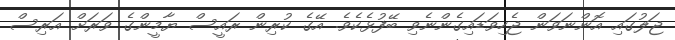
ޖަލުގައި އޮންނަވަން ޖެހިވަޑައިގެންނެވި ބޭފުޅެކެވެ. އޭގެ ކުރިން ރައީސް ޔާމީންގެ ވަރަށް އަރިސް